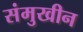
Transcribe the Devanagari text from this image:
संमुखीन